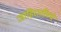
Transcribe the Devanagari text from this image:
जाहिरातींमधे